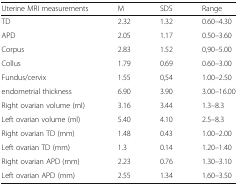
| Uterine MRI measurements | M | SDS | Range |
 | --- | --- | --- | --- |
 | TD | 2.32 | 1.32 | 0.60–4.30 |
 | APD | 2.05 | 1.17 | 0.50–3.60 |
 | Corpus | 2.83 | 1.52 | 0,90–5.00 |
 | Collus | 1.79 | 0.69 | 0.60–3.00 |
 | Fundus/cervix | 1.55 | 0,54 | 1.00–2.50 |
 | endometrial thickness | 6.90 | 3.90 | 3.00–16.00 |
 | Right ovarian volume (ml) | 3.16 | 3.44 | 1.3–8.3 |
 | Left ovarian volume (ml) | 5.40 | 4.10 | 2.5–8.3 |
 | Right ovarian TD (mm) | 1.48 | 0.43 | 1.00–2.00 |
 | Left ovarian TD (mm) | 1.3 | 0.14 | 1.20–1.40 |
 | Right ovarian APD (mm) | 2.23 | 0.76 | 1.30–3.10 |
 | Left ovarian APD (mm) | 2.55 | 1.34 | 1.60–3.50 |